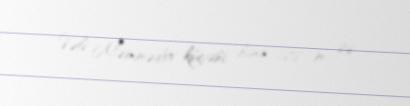
Vəli Məmmədov küçəsi, bina 128, m. 26